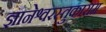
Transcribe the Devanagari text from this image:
ज्ञानेश्वरस्तुकाराम